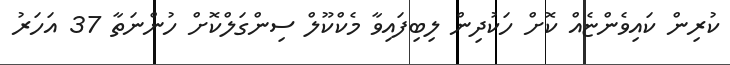
ކުރިން ކައިވެންޏެއް ކޮށް ހަކުދިން ލިބިފައިވާ މެކްކޫލް ސިންގަލްކޮށް ހުންނަތާ 37 އަހަރު